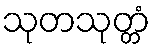
သုတသုတ္တံ